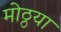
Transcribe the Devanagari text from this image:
मोठ्ठया